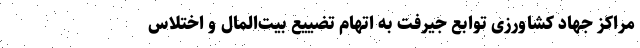
مراکز جهاد کشاورزی توابع جیرفت به اتهام تضییع بیت‌المال و اختلاس